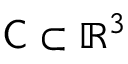
\mathsf C \subset \mathbb { R } ^ { 3 }